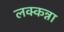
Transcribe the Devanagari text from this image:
लक्कन्ना